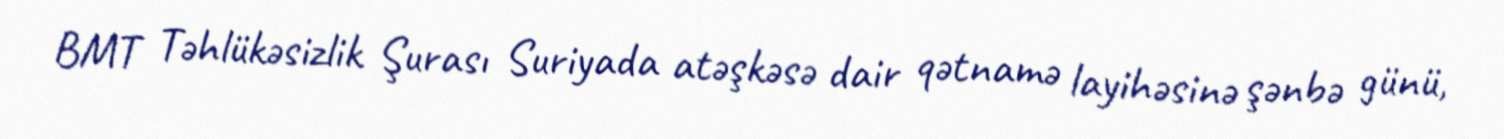
BMT Təhlükəsizlik Şurası Suriyada atəşkəsə dair qətnamə layihəsinə şənbə günü,